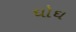
ઘોઘ